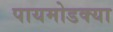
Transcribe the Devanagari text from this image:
पायमोडक्या